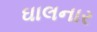
ઘાલનાર